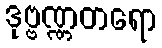
ဒုဗ္ဗဏ္ဏတရော